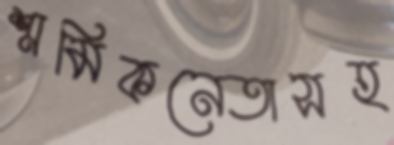
শ্রমিকনেতাসহ